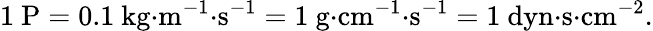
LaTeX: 1~{\mathrm{P}}=0.1~{\mathrm{kg}}{\cdot}{\mathrm{m}}^{-1}{\cdot}{\mathrm{s}}^{-1}=1~{\mathrm{g}}{\cdot}{\mathrm{cm}}^{-1}{\cdot}{\mathrm{s}}^{-1}=1~{\mathrm{dyn}}{\cdot}{\mathrm{s}}{\cdot}{\mathrm{cm}}^{-2}.